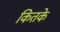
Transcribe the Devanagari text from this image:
कितके